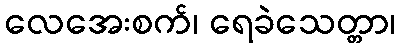
လေအေးစက်၊ ရေခဲသေတ္တာ၊